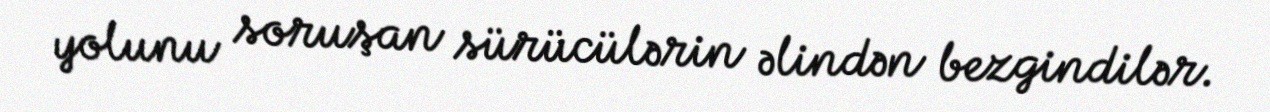
yolunu soruşan sürücülərin əlindən bezgindilər.